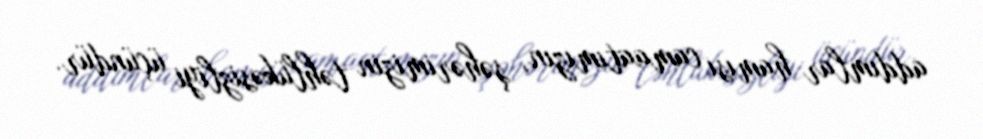
addımlar hamısı camaatımızın, şəhərimizin təhlükəsizliyi üçündür.